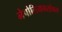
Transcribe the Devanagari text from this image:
नेपोलियनसोबत